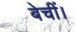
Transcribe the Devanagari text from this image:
बेचीं।